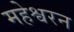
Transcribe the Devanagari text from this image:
महेश्वरन